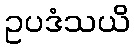
ဥပဒံသယိ